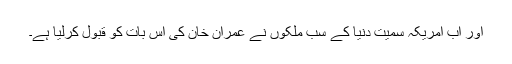
اور اب امریکہ سمیت دنیا کے سب ملکوں نے عمران خان کی اس بات کو قبول کرلیا ہے۔